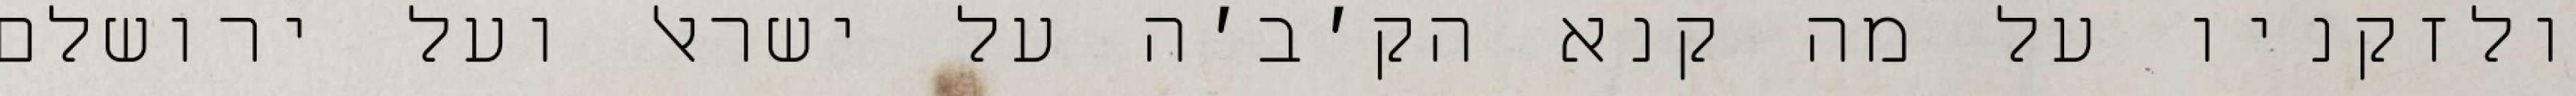
ולזקניו על מה קנא הק׳ב׳ה על ישראל ועל ירושלם